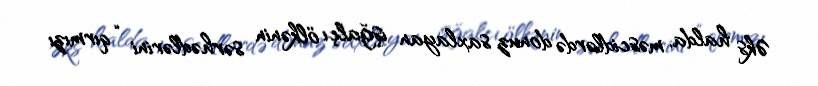
Əks halda, məscidlərdə donuz saxlayan işğalçı ölkənin sərhədlərini “qırmızı